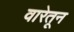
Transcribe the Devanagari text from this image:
वारेतून